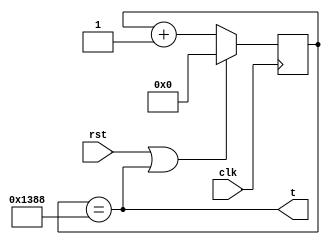
module timer(
	input clk,	
	input rst,
	output t
);
	
reg [26:0] count = 0;	

//assign t = (count == 27'd5000000);
assign t = (count == 27'd5000); // For Testbench

always @(posedge clk) begin
	if (rst | t)
		count <= 0;
	else 
		count <= count + 3'd1;
end

endmodule